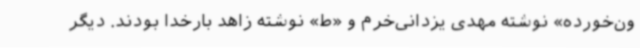
ون‌خورده» نوشته‌ مهدی یزدانی‌خرم و «ط» نوشته‌ زاهد بارخدا بودند. دیگر